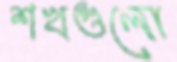
শখগুলো